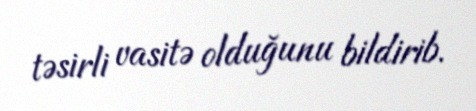
təsirli vasitə olduğunu bildirib.